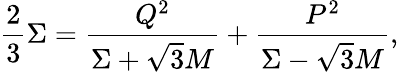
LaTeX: \frac{2}{3}\Sigma=\frac{Q^{2}}{\Sigma+\sqrt{3}M}+\frac{P^{2}}{\Sigma-\sqrt{3}M},